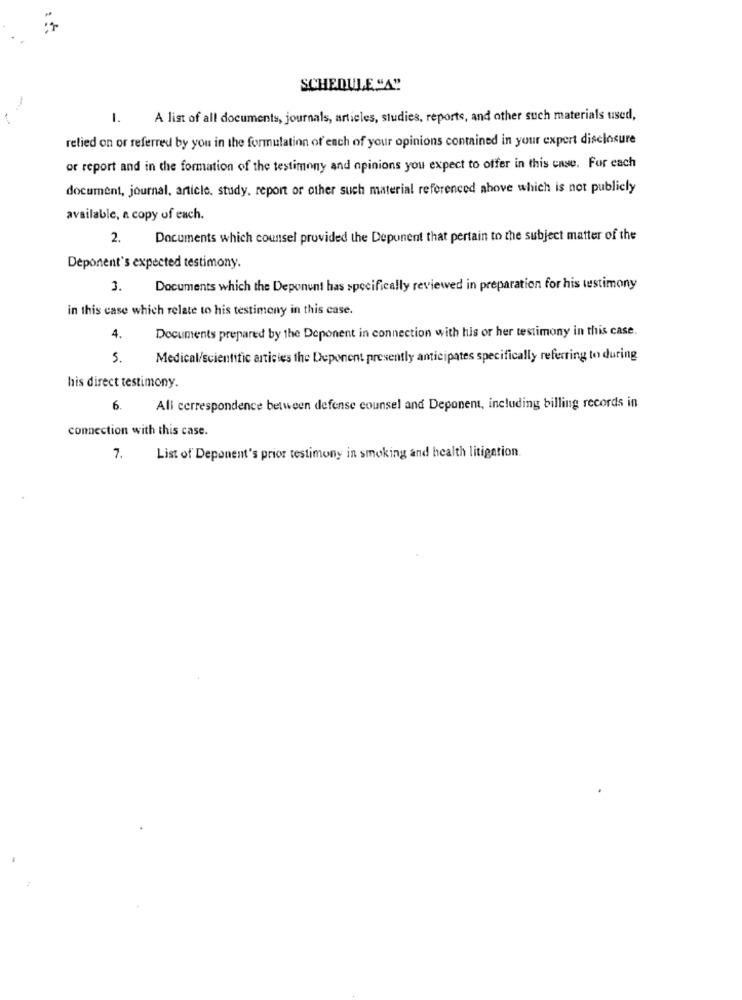
SCHEDULE "A"
-
1. A list of all documents, journals, articles, studies, reports, and other such materials used,
relied on or referred by you in the formulation of each of your opinions contained in your expert disclosure
or report and in the formation of the testimony and opinions you expect to offer in this case. For each
document, journal, article, study, report or other such material referenced above which is not publicly
available, a copy of each.
2.
Documents which counsel provided the Deponent that pertain to the subject matter of the
Deponent's expected testimony.
3.
Documents which the Deponent has specifically reviewed in preparation for his testimony
in this case which relate to his testimony in this case.
Documents prepared by the Deponent in connection with his or her testimony in this case.
4.
5.
Medical/scientific articies the Deponent presently anticipates specifically referring to during
his direct testimony.
6.
All correspondence between defense counsel and Deponent, including billing records in
connection with this case.
List of Deponent's prior testimony in smoking and health litigation.